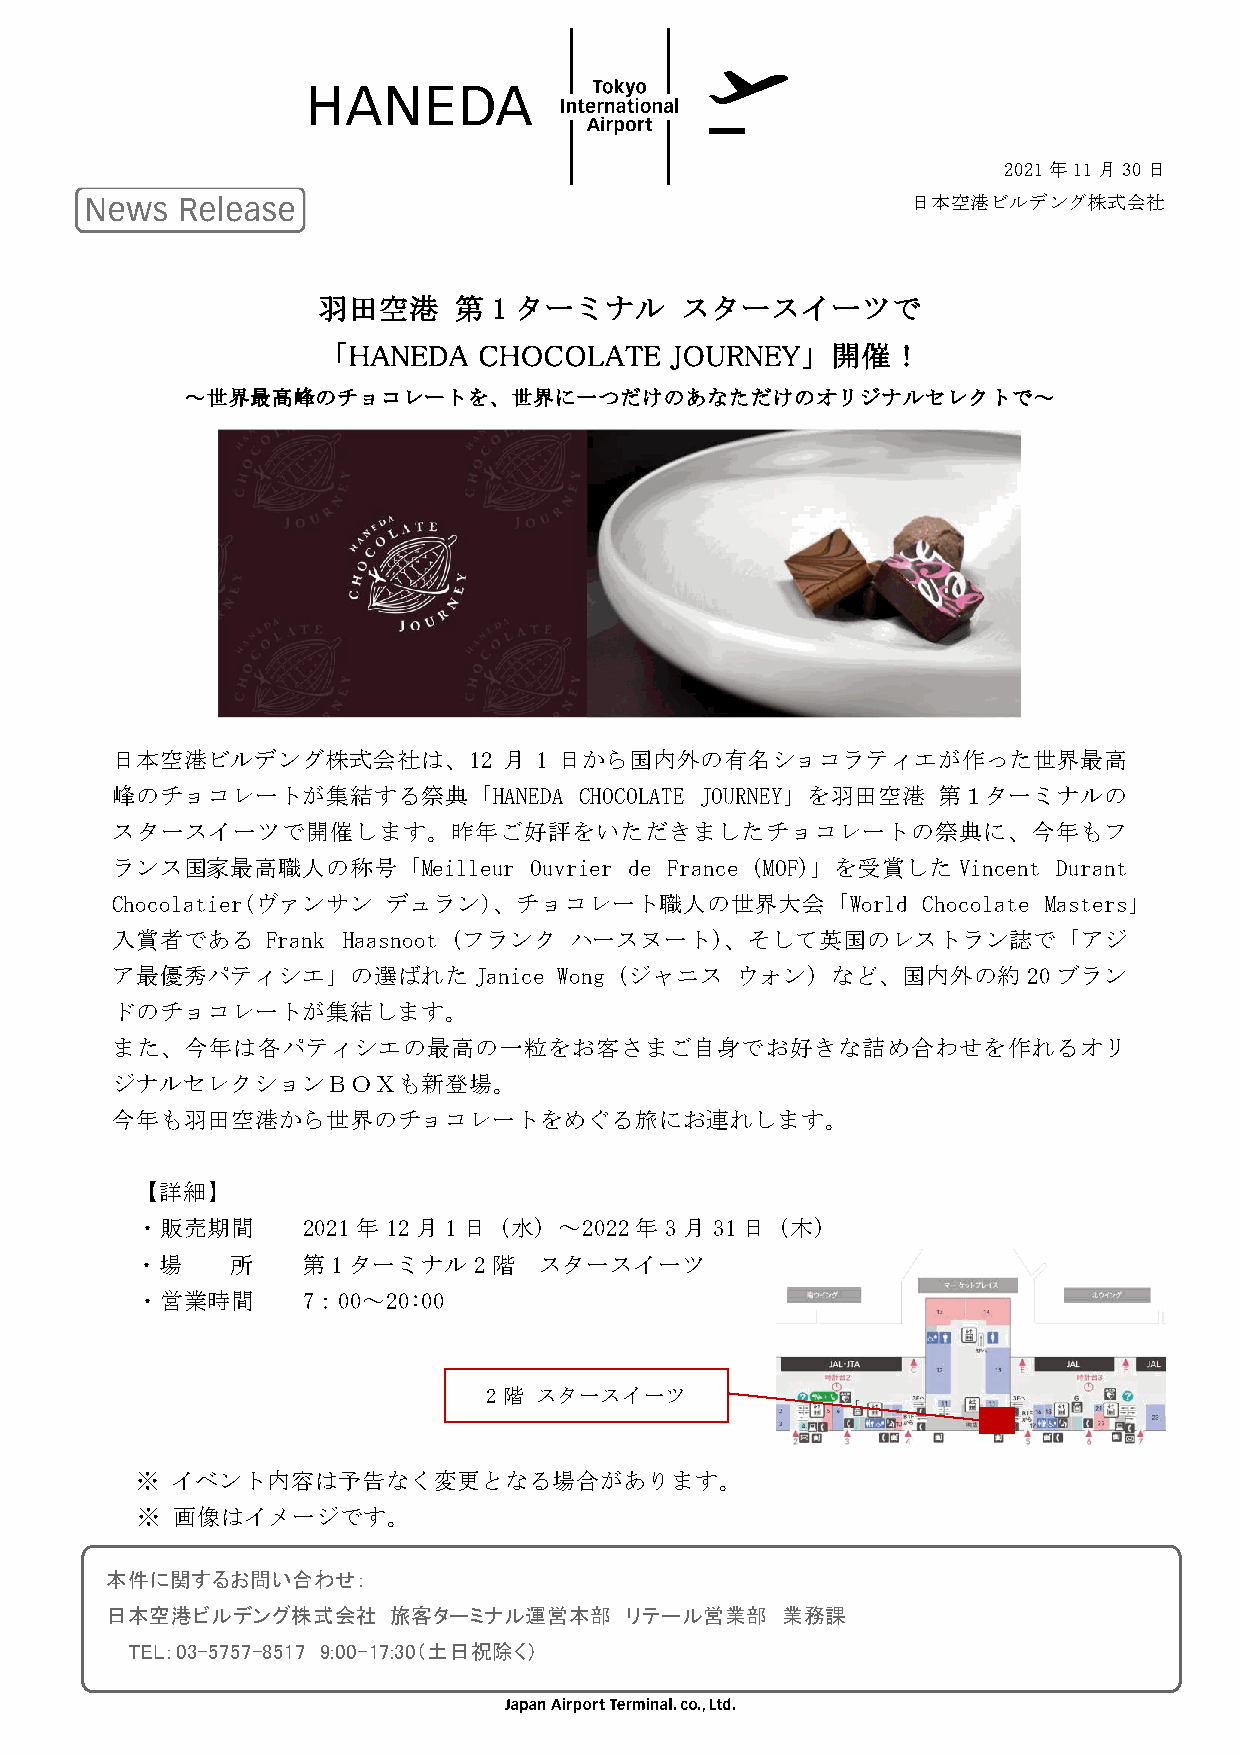
2021年11月30日
 日本空港ビルデング株式会社
 羽田空港     第  1 ターミナル     スタースイーツで
 「HANEDA    CHOCOLATE   JOURNEY」開催！
 ～世界最高峰のチョコレートを、世界に一つだけのあなただけのオリジナルセレクトで～
 日本空港ビルデング株式会社は、12         月 1 日から国内外の有名ショコラティエが作った世界最高
 峰のチョコレートが集結する祭典「HANEDA         CHOCOLATE JOURNEY」を羽田空港 第１ターミナルの
 スタースイーツで開催します。昨年ご好評をいただきましたチョコレートの祭典に、今年もフ
 ランス国家最高職人の称号「Meilleur       Ouvrier de France（MOF）」を受賞した Vincent Durant
 Chocolatier(ヴァンサン  デュラン)、チョコレート職人の世界大会「World          Chocolate Masters」
 入賞者である     Frank Haasnoot（フランク ハースヌート）、そして英国のレストラン誌で「アジ
 ア最優秀パティシエ」の選ばれた         Janice Wong（ジャニス  ウォン）など、国内外の約       20 ブラン
 ドのチョコレートが集結します。
 また、今年は各パティシエの最高の一粒をお客さまご自身でお好きな詰め合わせを作れるオリ
 ジナルセレクションＢＯＸも新登場。
 今年も羽田空港から世界のチョコレートをめぐる旅にお連れします。
 【詳細】
 ・販売期間      2021 年 12月 1日（水）～2022 年 3 月 31 日（木）
 ・場    所    第 1 ターミナル  2階   スタースイーツ
 ・営業時間      7：00～20:00
 2階 スタースイーツ
 ※ イベント内容は予告なく変更となる場合があります。
 ※ 画像はイメージです。
 本件に関するお問い合わせ：
 日本空港ビルデング株式会社      旅客ターミナル運営本部    リテール営業部    業務課
 TEL：03-5757-8517 9:00–17:30（土日祝除く）